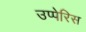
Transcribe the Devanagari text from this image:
उप्पेरिस